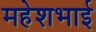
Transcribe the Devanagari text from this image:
महेशभाई